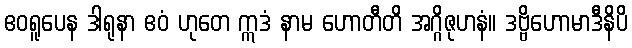
ဧဝရူပေန ဒါရုနာ ဧဝံ ဟုတေ ဣဒံ နာမ ဟောတီတိ အဂ္ဂိဇုဟနံ။ ဒဗ္ဗိဟောမာဒီနိပိ